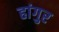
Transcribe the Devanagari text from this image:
हांगुर